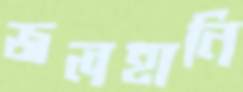
জলহানি